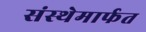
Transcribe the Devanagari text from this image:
संस्‍थेमार्फत